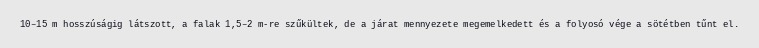
10–15 m hosszúságig látszott, a falak 1,5–2 m-re szűkültek, de a járat mennyezete megemelkedett és a folyosó vége a sötétben tűnt el.